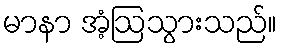
မာနာ အံ့ဩသွားသည်။